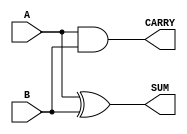
module parameterized_half_adder #(
    parameter WIDTH = 1 // Default width is 1 for single-bit inputs
)(
    input wire [WIDTH-1:0] A, // Input A
    input wire [WIDTH-1:0] B, // Input B
    output wire [WIDTH-1:0] SUM, // Sum output
    output wire [WIDTH-1:0] CARRY // Carry output
);

// Combinational logic for half-adder
assign SUM = A ^ B; // XOR for sum
assign CARRY = A & B; // AND for carry

endmodule